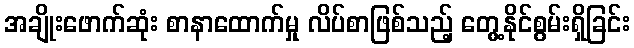
အချိုးဖောက်ဆုံး စာနာထောက်မှု လိပ်စာဖြစ်သည့် တွေ့နိုင်စွမ်းရှိခြင်း